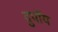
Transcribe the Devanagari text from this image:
दुपॉय